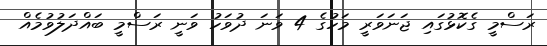
ރަސްމީ ގެކޮޅުގައި ޖަނަވަރީ މަހުގެ 4 ވަނަ ދުވަހު ވަނީ ރަސްމީ ބައްދަލުވުމެއް